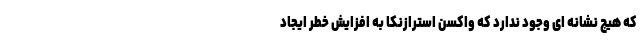
که هیچ نشانه ای وجود ندارد که واکسن استرازنکا به افزایش خطر ایجاد